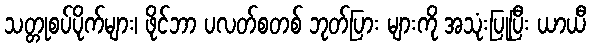
သတ္တုစပ်ပိုက်များ၊ ဖိုင်ဘာ ပလတ်စတစ် ဘုတ်ပြား များကို အသုံးပြုပြီး ယာယီ